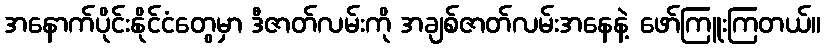
အနောက်ပိုင်းနိုင်ငံတွေမှာ ဒီဇာတ်လမ်းကို အချစ်ဇာတ်လမ်းအနေနဲ့ ဖော်ကြူးကြတယ်။